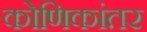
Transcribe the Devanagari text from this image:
कोणिकांतर